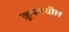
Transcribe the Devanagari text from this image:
क्रूपमधील